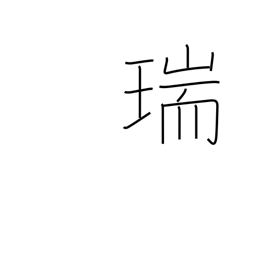
Meaning: congratulations